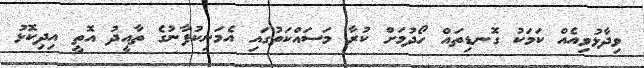
ވިދާޅުވިއެއް ކަމަކު ގޮނޑިތައް ހޯދުމަށް ކުރާ މަސައްކަތުގައި އެމަނިކުފާނުގެ ތާއީދު އޮތީ އިދިކޮޅު